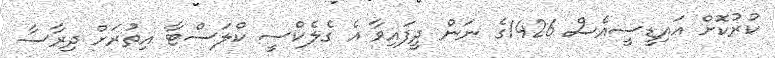
ކުރުކޮށް އައިޑީސީއެސް 1426ގެ ނަން ދީފައިވާ އެ ގެލެކްސީ ކްލަސްޓާ އިތުރަށް ދިރާސާ